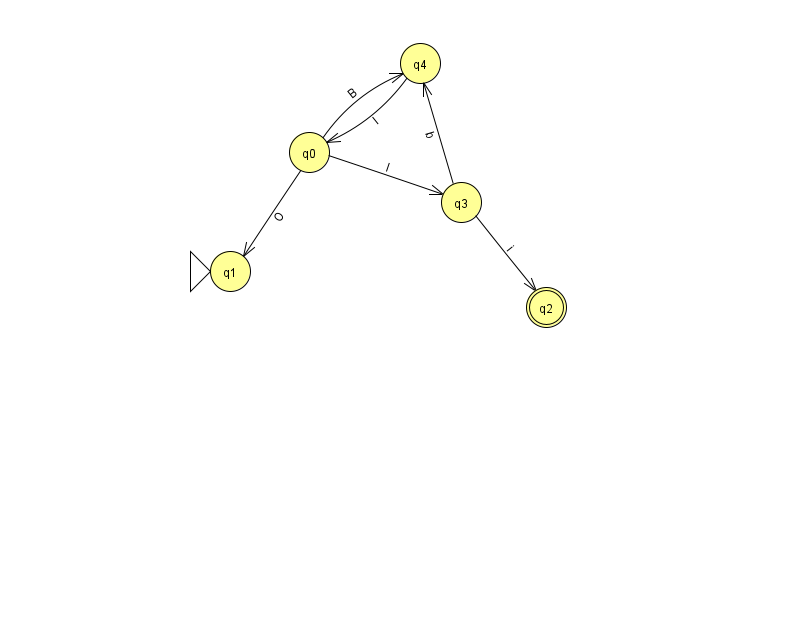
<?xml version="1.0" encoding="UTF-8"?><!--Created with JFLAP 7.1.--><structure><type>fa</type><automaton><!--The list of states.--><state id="0" name="q0"><x>309.0</x><y>139.0</y></state><state id="1" name="q1"><x>230.0</x><y>258.0</y><initial/></state><state id="2" name="q2"><x>546.0</x><y>294.0</y><final/></state><state id="3" name="q3"><x>461.0</x><y>189.0</y></state><state id="4" name="q4"><x>420.0</x><y>50.0</y></state><!--The list of transitions.--><transition><from>0</from><to>1</to><read>O</read></transition><transition><from>0</from><to>4</to><read>B</read></transition><transition><from>3</from><to>4</to><read>b</read></transition><transition><from>0</from><to>3</to><read>I</read></transition><transition><from>3</from><to>2</to><read>i</read></transition><transition><from>4</from><to>0</to><read>l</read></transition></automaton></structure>